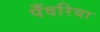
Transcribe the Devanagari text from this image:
पँवरिया